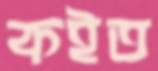
কইত